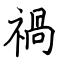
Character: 禍